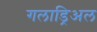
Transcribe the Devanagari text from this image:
गलाड्रिअल